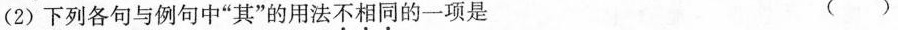
(2)下列各句与例句中”其”的用法不相同的一项是 ( )